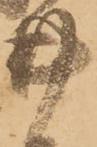
井